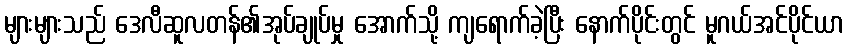
များများသည် ဒေလီဆူလတန်၏အုပ်ချုပ်မှု အောက်သို့ ကျရောက်ခဲ့ပြီး နောက်ပိုင်းတွင် မူဂယ်အင်ပိုင်ယာ